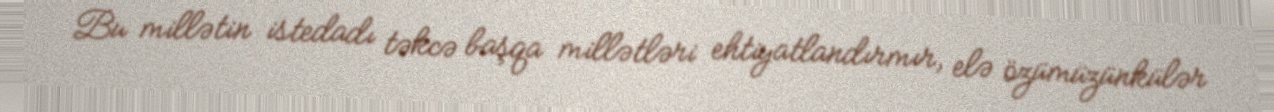
Bu millətin istedadı təkcə başqa millətləri ehtiyatlandırmır, elə özümüzünkülər